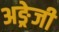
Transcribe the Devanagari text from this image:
अङ्रेजी